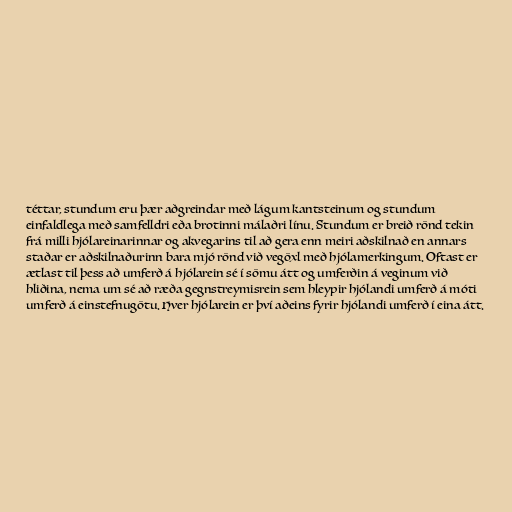
téttar, stundum eru þær aðgreindar með lágum kantsteinum og stundum
einfaldlega með samfelldri eða brotinni málaðri línu. Stundum er breið rönd tekin
frá milli hjólareinarinnar og akvegarins til að gera enn meiri aðskilnað en annars
staðar er aðskilnaðurinn bara mjó rönd við vegöxl með hjólamerkingum. Oftast er
ætlast til þess að umferð á hjólarein sé í sömu átt og umferðin á veginum við
hliðina, nema um sé að ræða gegnstreymisrein sem hleypir hjólandi umferð á móti
umferð á einstefnugötu. Hver hjólarein er því aðeins fyrir hjólandi umferð í eina átt.